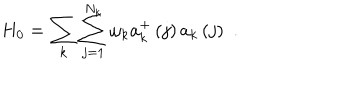
H _ { 0 } = \sum _ { k } \sum _ { j = 1 } ^ { N _ { k } } \omega _ { k } a _ { k } ^ { + } \left( j \right) a _ { k } \left( j \right) \, \, .